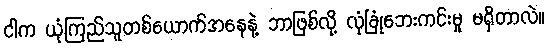
ငါက ယုံကြည်သူတစ်ယောက်အနေနဲ့ ဘာဖြစ်လို့ လုံခြုံဘေးကင်းမှု မရှိတာလဲ။